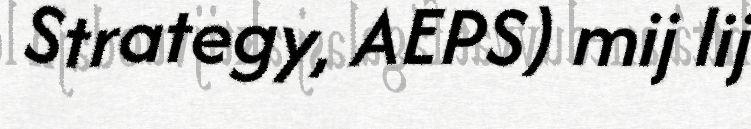
Strategy, AEPS) mij lij